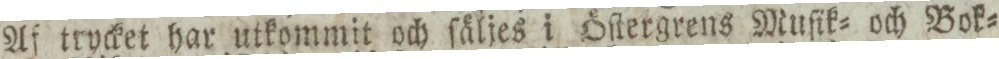
Af trycket har utkommit och ſäljes i Öſtergrens Muſik= och Bok=